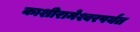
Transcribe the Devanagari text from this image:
काशीरामेश्वरपर्यंत